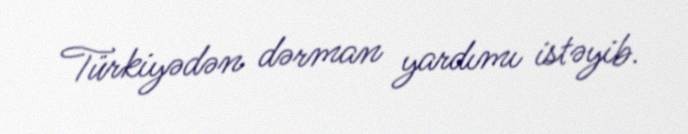
Türkiyədən dərman yardımı istəyib.